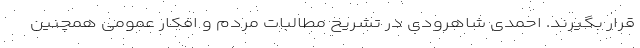
قرار بگیرند. احمدی شاهرودی در تشریح مطالبات مردم و افکار عمومی همچنین